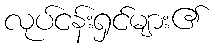
လုပ်ငန်းရှင်များ၏